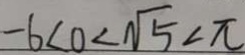
- 6 < 0 < \sqrt { 5 } < \pi